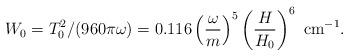
LaTeX: \begin{align*}\displaystyle{W_0=T_0^2/(960 \pi \omega)}=0.116 \left(\frac{\omega}{m}\right)^5\left(\frac{H}{H_0}\right)^6~\mbox{cm}^{-1}.\end{align*}